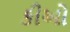
કીઓ